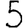
Digit: 5